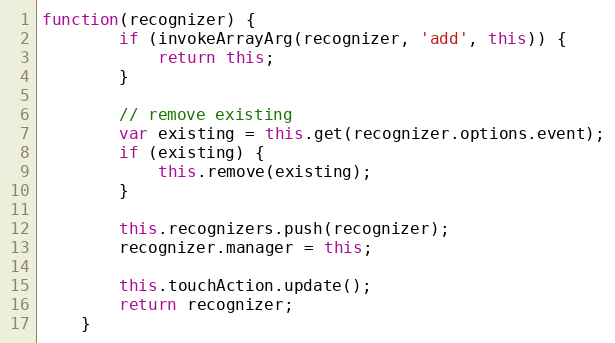
Language: JavaScript
function(recognizer) {
        if (invokeArrayArg(recognizer, 'add', this)) {
            return this;
        }

        // remove existing
        var existing = this.get(recognizer.options.event);
        if (existing) {
            this.remove(existing);
        }

        this.recognizers.push(recognizer);
        recognizer.manager = this;

        this.touchAction.update();
        return recognizer;
    }